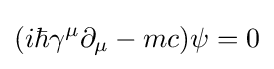
(i\hbar \gamma ^{\mu }\partial _{\mu }-mc)\psi =0